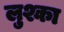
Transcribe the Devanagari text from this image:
लुश्का